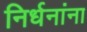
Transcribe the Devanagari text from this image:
निर्धनांना